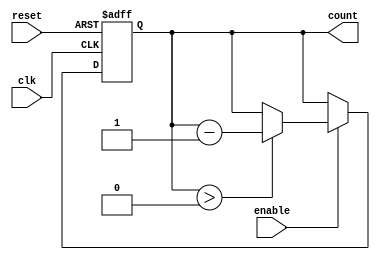
module MemoryBlocksDownCounter #(
    parameter N = 4,             // Number of bits for the counter (e.g., 4 bits for max value 15)
    parameter MAX_VALUE = 15     // Maximum count value
)(
    input wire clk,              // Clock input
    input wire reset,            // Asynchronous reset signal
    input wire enable,           // Enable signal for counting
    output reg [N-1:0] count     // Current count value output
);

// Internal counter register
reg [N-1:0] counter_reg;

// Asynchronous reset and counter logic
always @(posedge clk or posedge reset) begin
    if (reset) begin
        // Reset the counter to the maximum value
        counter_reg <= MAX_VALUE;
    end else if (enable) begin
        // Decrement the counter if it is greater than zero
        if (counter_reg > 0) begin
            counter_reg <= counter_reg - 1;
        end
        // If counter_reg is already zero, it remains zero
    end
end

// Assign the counter value to the output
always @(*) begin
    count = counter_reg;
end

endmodule